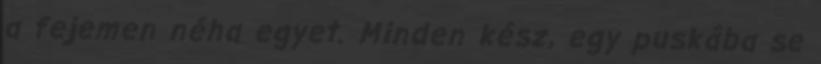
a fejemen néha egyet. Minden kész, egy puskába se